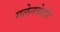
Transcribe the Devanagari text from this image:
गलेनबेर्जर